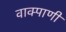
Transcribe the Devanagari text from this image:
वाक्पाणी